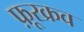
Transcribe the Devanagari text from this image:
फ़ूरक्रव